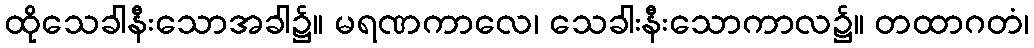
ထိုသေခါနီးသောအခါ၌။ မရဏကာလေ၊ သေခါးနီးသောကာလ၌။ တထာဂတံ၊